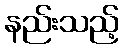
နည်းသည့်